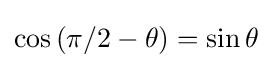
\cos \left(\pi /2-\theta \right)=\sin \theta